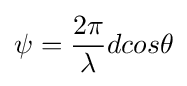
\psi ={\frac {2\pi }{\lambda }}dcos\theta